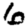
Digit: 6